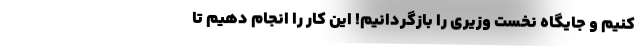
کنیم و جایگاه نخست وزیری را بازگردانیم! این کار را انجام دهیم تا